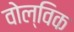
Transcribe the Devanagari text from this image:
वोल्विक